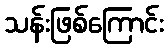
သန်းဖြစ်ကြောင်း